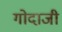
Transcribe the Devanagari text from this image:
गोदाजी